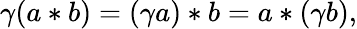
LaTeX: \gamma(a*b)=(\gamma a)*b=a*(\gamma b),